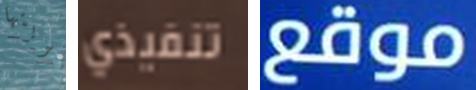
هويتها تنفيذي موقع